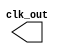
module clk_gen(output clk_out);
  reg clk_out = 0;

  always begin
    #1 clk_out = ~clk_out;
  end

endmodule